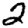
Digit: 2